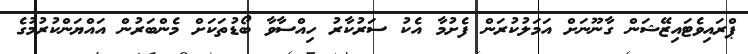
ޕްރައިވެޓައިޒޭޝަން ގާނޫނަށް އަމަލުކުރަން ފެށުމާ އެކު ސަރުކާރު ހިއްސާވާ ބޯޑުތަކަށް މެންބަރުން އައްޔަންކުރުމުގެ